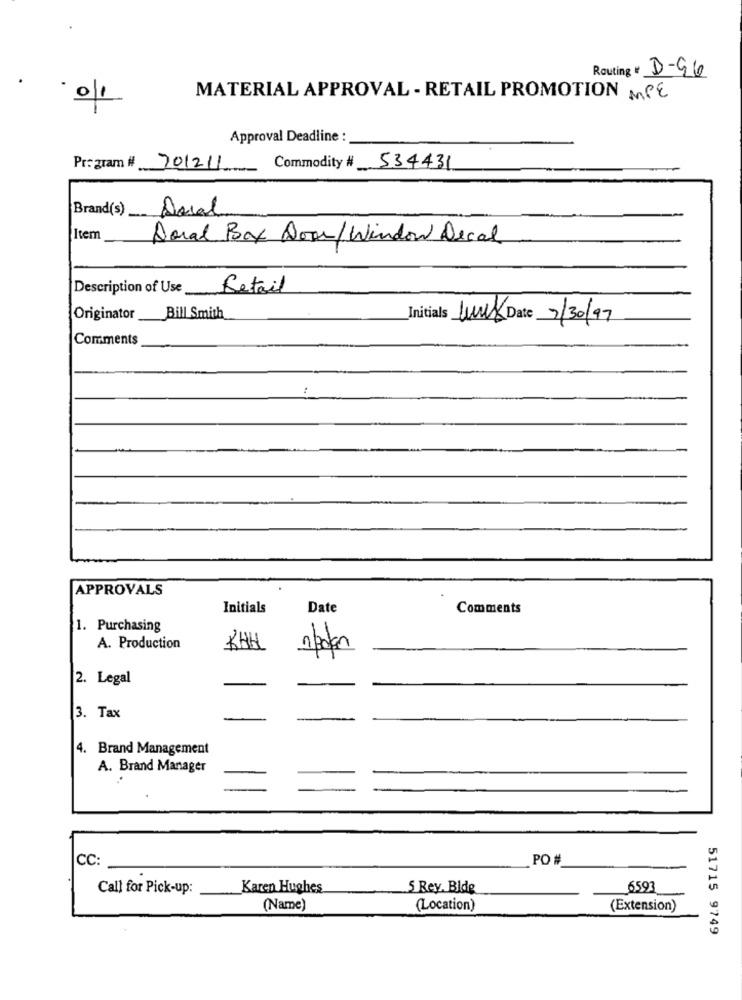
Routing # D-96
MATERIAL APPROVAL - RETAIL PROMOTION MPE
Approval Deadline :
Program # 301211
-
Commodity # 534431
Brand(s) Ascal
Item
Doral Box Door/Window Decal
Description of Use
Retail
Originator Bill Smith
Initials Lunes Date 7/30/97
Comments
APPROVALS
Initials
Date
Comments
1. Purchasing
A. Production
RHH
2. Legal
3. Tax
4. Brand Management
A. Brand Manager
CC:
PO #
Call for Pick-up:
Karen Hughes
5 Rey. Blde
6593
(Name)
(Location)
(Extension)
51715 9749